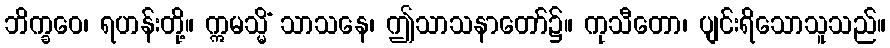
ဘိက္ခဝေ၊ ရဟန်းတို့။ ဣမသ္မိံ သာသနေ၊ ဤသာသနာတော်၌။ ကုသီတော၊ ပျင်းရိသောသူသည်။